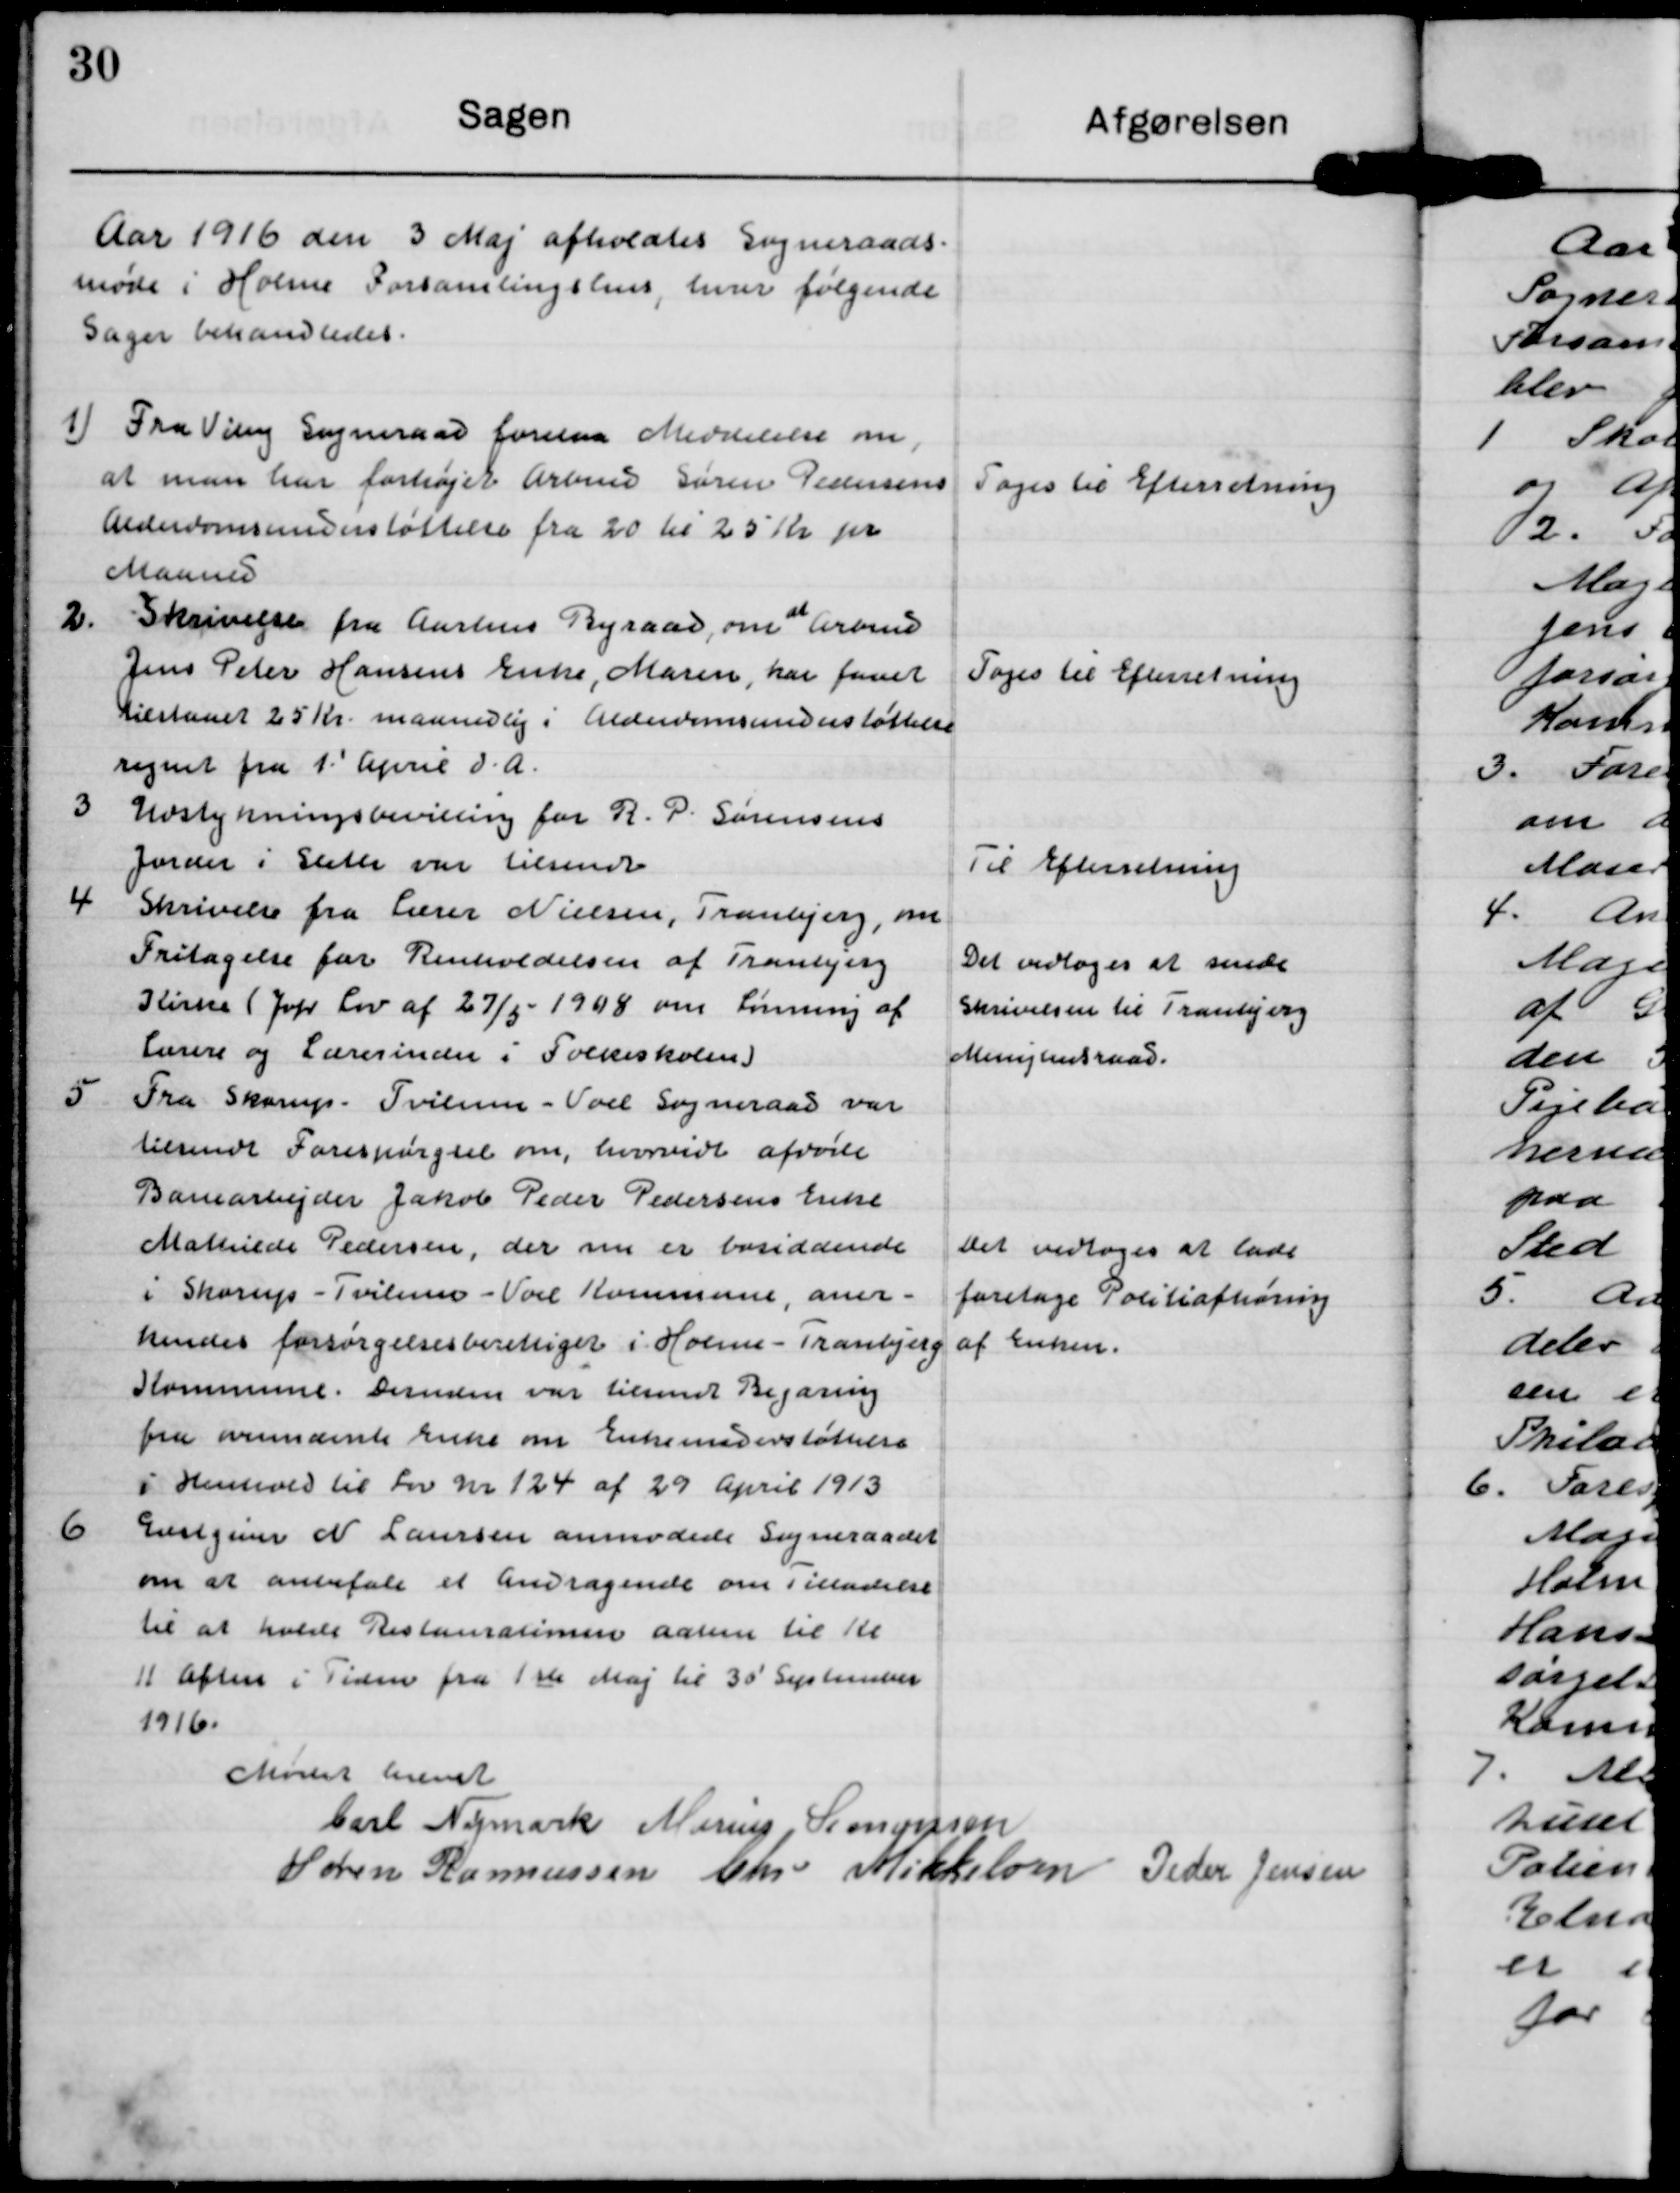
Transskription:
Aar 1916 den 3 Maj afholdtes Sogneraads.
møde i Holme Forsamlingshus, hvor følgende
sager behandledes.

1 Fra Vily Sogneraad forelaa Meddelelse om
at man har forhøjet Arbms Søren Pedersens
Alderdomsunderstøttelse fra 20 hi 25 Kr pr
Maaned

Tages til Efterretning

2. Skrivelse fra Aarhus Byraad, om Arbmd
Jens Peter Hansens Enke, Maren har famt
Kiestanet 25 Kr. maanedlig i Alderdimsunderstøttelse
regnet fra 1' April d.A.

Tages til Efterretning

3 Udstykningsbevilling for R. P. Sørensens
Jnder i Elete var tilsendt

Til Efterretning

4 Skrivels fra Lærer Nielsen, Tranbjerg, om
Fritagelse for Renholdelsen af Transjing
Hlurne (Jop Lov af 27/5 - 1948 om Lønning af
lærere og Lærerinder i Soreeskolen)

Det vedtoges at sende
Skrivelsen til Tranbejerg
Mingntraad.

5 Fra Skorup - Svilum - Vol Sogneraad var
tilsendt Forespørgsel om, hvrvidt afvøide
Banearbejder Jakob Peder Pedersens Enke
Mattiude Pedersen, der nu er bosiddende
i Shorup - Tviluns - Voel Kommune, aner-
hendes forsørgelsesberettiget i Holme -Tranbjerg
Kommune. Dunden var tilsnt Begæring
fra ovennænte Euke om Erheimoverstøttese
i Henteols til Fon ar 124 af 29 April 1913

det vedtoges at lade
foretage Politiafhøring
af Enken.

6 Enguns N Laursen anmodede Sogneraadet
om at anbefale et Andragende om Tilladelse
til at holde Restansarimen aam til til
11 Aften i Tiden fra 1ste Maj til 30' September
1916.

Mødet hævet

Carl Nymark

Marius Sømonsen

Søren Rasmussen

ben Mikkeloen

Peder Jensen